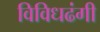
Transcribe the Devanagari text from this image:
विविधढंगी